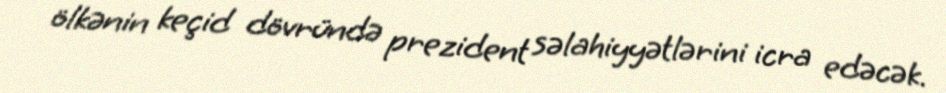
ölkənin keçid dövründə prezident səlahiyyətlərini icra edəcək.